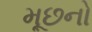
મૂછનો